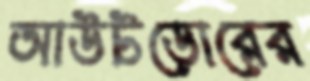
আউটডোরের